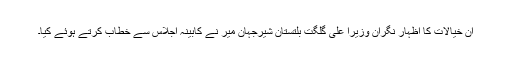
ان خیالات کا اظہار نگران وزیرا علیٰ گلگت بلتستان شیرجہان میر نے کابینہ اجلاس سے خطاب کرتے ہوئے کیا۔